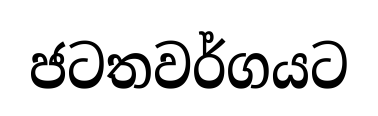
ජටතවර්ගයට